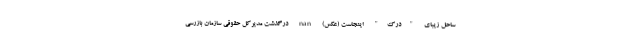
ساحل زیبای "درک" اینجاست (عکس) nan درگذشت مدیرکل حقوقی سازمان بازرسی